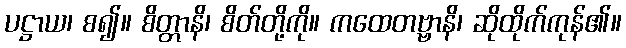
ပဋ္ဌာယ၊ စ၍။ စိတ္တာနိ၊ စိတ်တို့ကို။ ကထေတဗ္ဗာနိ၊ ဆိုထိုက်ကုန်၏။